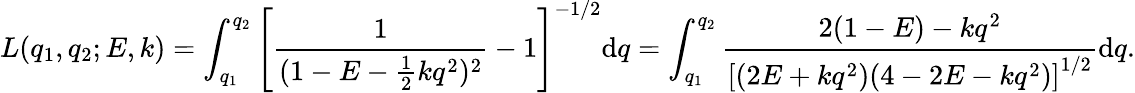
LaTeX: L(q_{1},q_{2};E,k)=\int_{q_{1}}^{q_{2}}\left[\frac{1}{(1-E-\frac{1}{2}kq^{2})^{2}}-1\right]^{-1/2}\mathrm{d}q=\int_{q_{1}}^{q_{2}}\frac{2(1-E)-kq^{2}}{\left[(2E+kq^{2})(4-2E-kq^{2})\right]^{1/2}}\mathrm{d}q.